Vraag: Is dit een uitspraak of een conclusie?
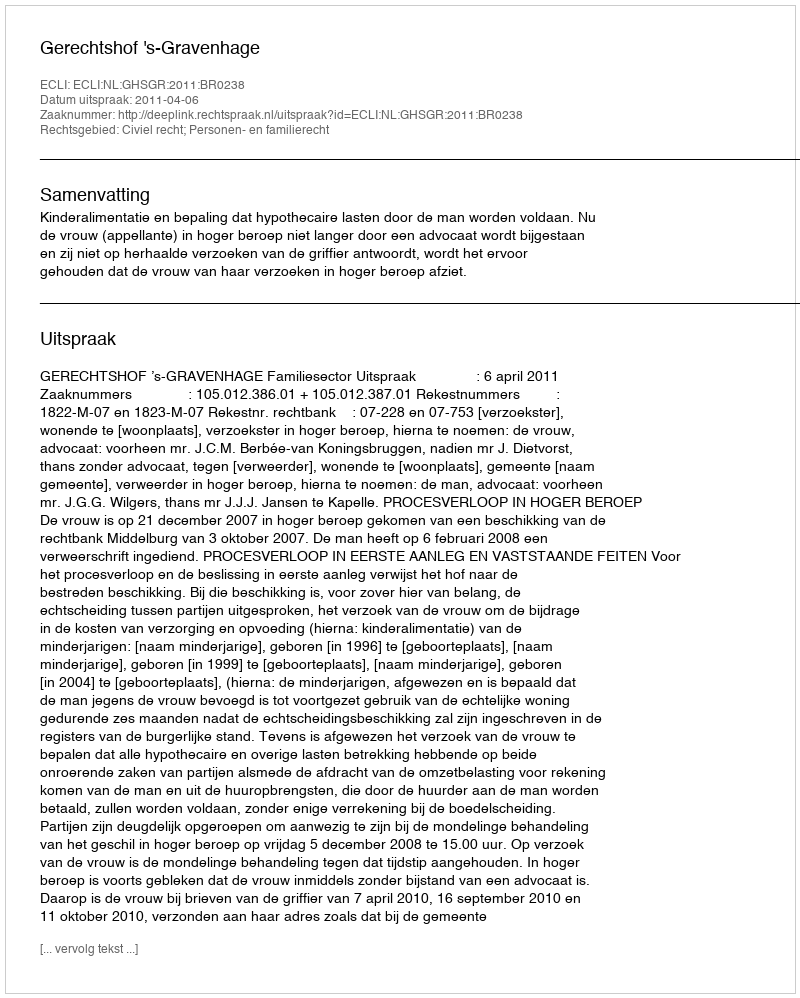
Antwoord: Uitspraak